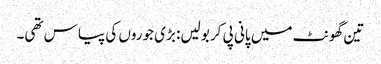
تین گھونٹ میں پانی پی کر بولیں: بڑی جوروں کی پیاس تھی۔